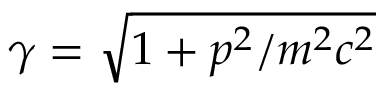
\gamma = \sqrt { 1 + p ^ { 2 } / m ^ { 2 } c ^ { 2 } }